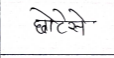
मजकूर: छोटेसे